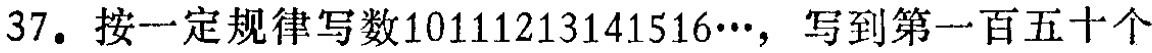
37. 按一定规律写数10111213141516…，写到第一百五十个